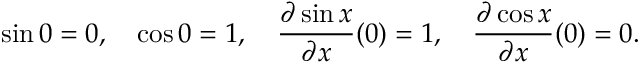
\sin 0 = 0 , \quad \cos 0 = 1 , \quad { \frac { \partial \sin x } { \partial x } } ( 0 ) = 1 , \quad { \frac { \partial \cos x } { \partial x } } ( 0 ) = 0 .